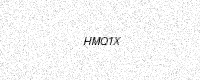
Text: HMQ1X